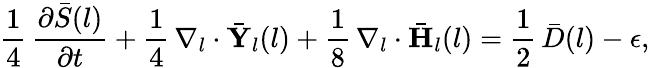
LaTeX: \frac{1}{4}\, \frac{\partial\bar{S}(l)}{\partial t}+\frac{1}{4}\, \nabla_{l}\cdot\bar{\mathbf{Y}}_{l}(l)+\frac{1}{8}\, \nabla_{l}\cdot\bar{\mathbf{H}}_{l}(l)=\frac{1}{2}\, \bar{D}(l)-\epsilon,